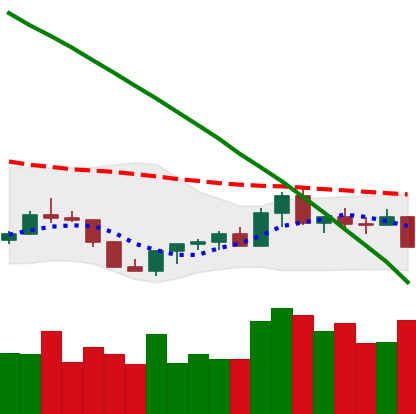
Ticker: XLM-USD
Chart end date: 2022-07-25
Forward return: 12.403%
Label: up_7plus